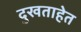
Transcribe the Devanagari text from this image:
दुखताहेत